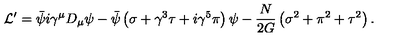
{ \cal L } ^ { \prime } = \bar { \psi } i \gamma ^ { \mu } D _ { \mu } \psi - \bar { \psi } \left( \sigma + \gamma ^ { 3 } \tau + i \gamma ^ { 5 } \pi \right) \psi - { \frac { N } { 2 G } } \left( \sigma ^ { 2 } + \pi ^ { 2 } + \tau ^ { 2 } \right) .